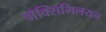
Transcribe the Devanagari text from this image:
मॅक्सिमिलयन